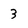
Character: 3